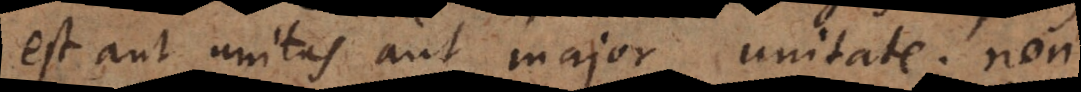
est aut unitas aut major unitate; non